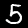
Digit: 5